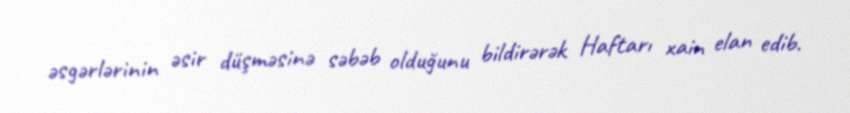
əsgərlərinin əsir düşməsinə səbəb olduğunu bildirərək Haftarı xain elan edib.